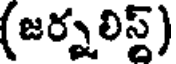
(జర్నలిస్ట్)